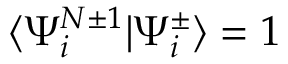
\langle \Psi _ { i } ^ { N \pm 1 } | \Psi _ { i } ^ { \pm } \rangle = 1